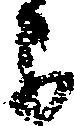
よ